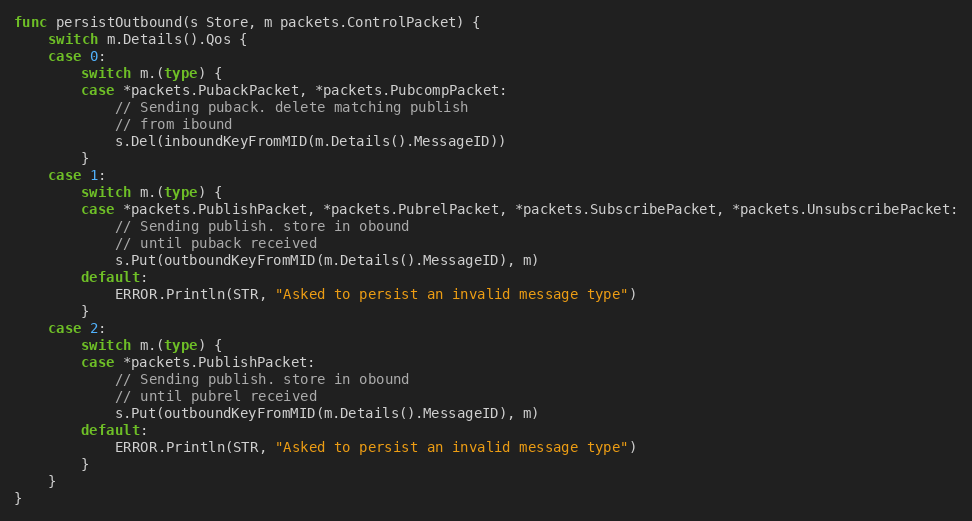
Language: Go
func persistOutbound(s Store, m packets.ControlPacket) {
	switch m.Details().Qos {
	case 0:
		switch m.(type) {
		case *packets.PubackPacket, *packets.PubcompPacket:
			// Sending puback. delete matching publish
			// from ibound
			s.Del(inboundKeyFromMID(m.Details().MessageID))
		}
	case 1:
		switch m.(type) {
		case *packets.PublishPacket, *packets.PubrelPacket, *packets.SubscribePacket, *packets.UnsubscribePacket:
			// Sending publish. store in obound
			// until puback received
			s.Put(outboundKeyFromMID(m.Details().MessageID), m)
		default:
			ERROR.Println(STR, "Asked to persist an invalid message type")
		}
	case 2:
		switch m.(type) {
		case *packets.PublishPacket:
			// Sending publish. store in obound
			// until pubrel received
			s.Put(outboundKeyFromMID(m.Details().MessageID), m)
		default:
			ERROR.Println(STR, "Asked to persist an invalid message type")
		}
	}
}